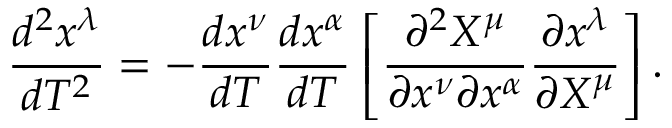
{ \frac { d ^ { 2 } x ^ { \lambda } } { d T ^ { 2 } } } = - { \frac { d x ^ { \nu } } { d T } } { \frac { d x ^ { \alpha } } { d T } } \left[ { \frac { \partial ^ { 2 } X ^ { \mu } } { \partial x ^ { \nu } \partial x ^ { \alpha } } } { \frac { \partial x ^ { \lambda } } { \partial X ^ { \mu } } } \right] .